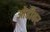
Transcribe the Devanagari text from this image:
ओढीवर